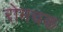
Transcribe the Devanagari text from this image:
रोमचक